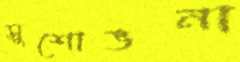
সুশোভনা